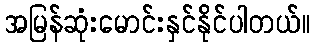
အမြန်ဆုံးမောင်းနှင်နိုင်ပါတယ်။